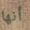
أنها